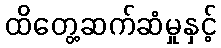
ထိတွေ့ဆက်ဆံမှုနှင့်